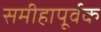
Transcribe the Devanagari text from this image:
समीहापूर्वक